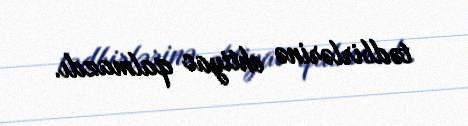
tədbirlərinə ehtiyac qalmazdı.